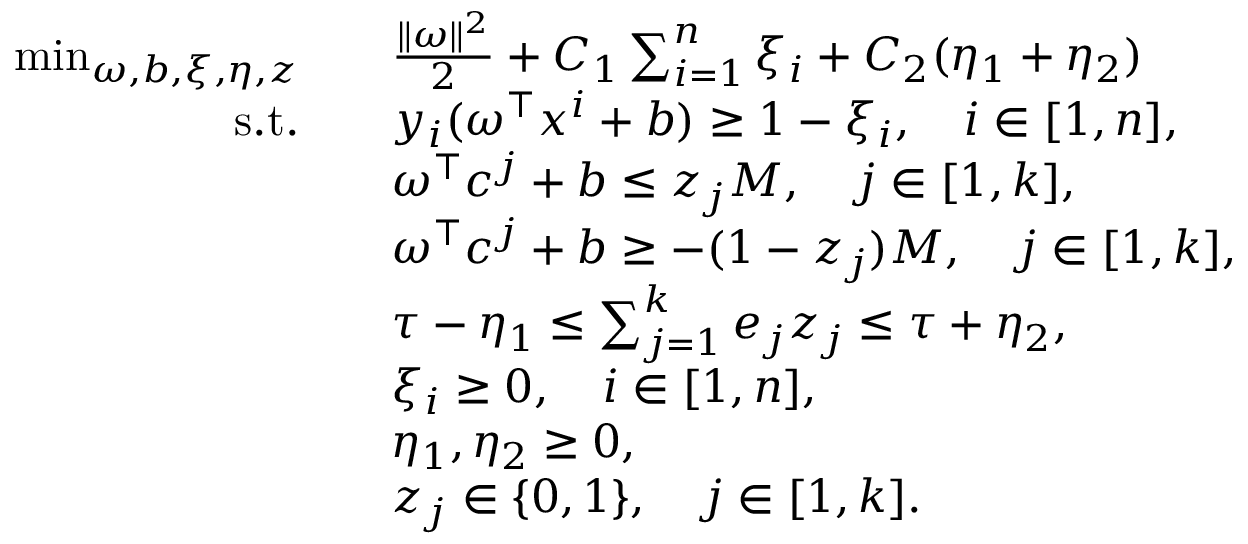
\begin{array} { r l } { \operatorname* { m i n } _ { \omega , b , \xi , \eta , z } \quad } & { \frac { \Vert \omega \Vert ^ { 2 } } { 2 } + C _ { 1 } \sum _ { i = 1 } ^ { n } \xi _ { i } + C _ { 2 } ( \eta _ { 1 } + \eta _ { 2 } ) } \\ { \mathrm { s . t . } \quad } & { y _ { i } ( \omega ^ { \top } x ^ { i } + b ) \geq 1 - \xi _ { i } , \quad i \in [ 1 , n ] , } \\ & { \omega ^ { \top } c ^ { j } + b \leq z _ { j } M , \quad j \in [ 1 , k ] , } \\ & { \omega ^ { \top } c ^ { j } + b \geq - ( 1 - z _ { j } ) M , \quad j \in [ 1 , k ] , } \\ & { \tau - \eta _ { 1 } \leq \sum _ { j = 1 } ^ { k } e _ { j } z _ { j } \leq \tau + \eta _ { 2 } , } \\ & { \xi _ { i } \geq 0 , \quad i \in [ 1 , n ] , } \\ & { \eta _ { 1 } , \eta _ { 2 } \geq 0 , } \\ & { z _ { j } \in \{ 0 , 1 \} , \quad j \in [ 1 , k ] . } \end{array}